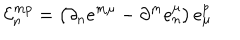
{ \cal E } _ { n } ^ { m p } = \left( \partial _ { n } e ^ { m \mu } - \partial ^ { m } e _ { n } ^ { \mu } \right) e _ { \mu } ^ { p }